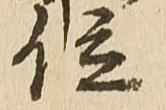
位